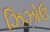
ઝિઝોઉ